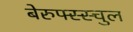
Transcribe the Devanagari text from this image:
बेरुफ्स्स्चुल